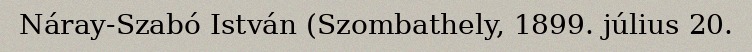
Náray-Szabó István (Szombathely, 1899. július 20.